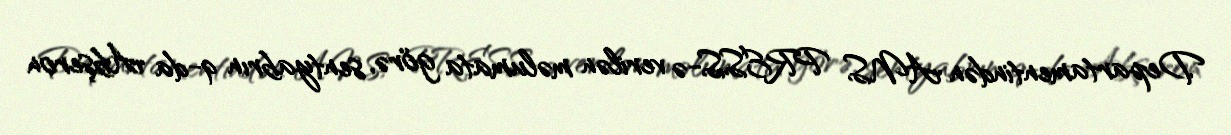
Departamentindən ANS PRESS-ə verilən məlumata görə, sentyabrın 9-da Abşeron